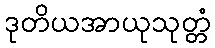
ဒုတိယအာယုသုတ္တံ